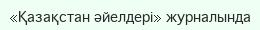
«Қазақстан әйелдері» журналында